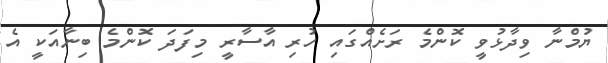
ޔުމްނާ ވިދާޅުވީ ކޮންމެ ރަށެއްގައި ހުރި އާސާރީ މިފަދަ ކޮންމެ ބިނާއަކީ އެ